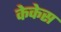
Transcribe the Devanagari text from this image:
केकेस